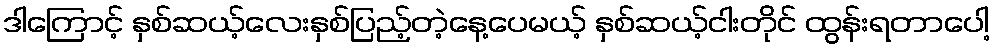
ဒါကြောင့် နှစ်ဆယ့်လေးနှစ်ပြည့်တဲ့နေ့ပေမယ့် နှစ်ဆယ့်ငါးတိုင် ထွန်းရတာပေါ့